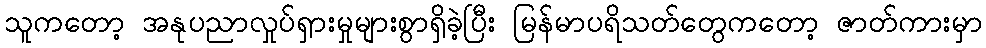
သူကတော့ အနုပညာလှုပ်ရှားမှုများစွာရှိခဲ့ပြီး မြန်မာပရိသတ်တွေကတော့ ဇာတ်ကားမှာ